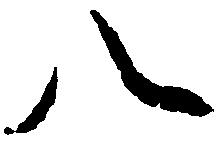
八